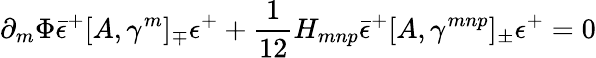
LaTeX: \partial_{m}\Phi{\bar{\epsilon}^{+}}[A,\gamma^{m}]_{\mp}\epsilon^{+}+\frac{1}{12}H_{mnp}{\bar{\epsilon}^{+}}[A,\gamma^{mnp}]_{\pm}\epsilon^{+}=0